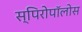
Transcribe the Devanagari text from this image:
स्पिरोपॉलोस